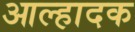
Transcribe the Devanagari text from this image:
आल्हादक